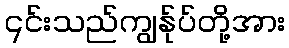
၎င်းသည်ကျွန်ုပ်တို့အား